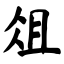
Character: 俎